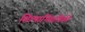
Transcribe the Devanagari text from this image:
शिल्पाभियांत्रिकी